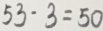
5 3 - 3 = 5 0